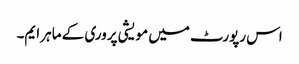
اس رپورٹ میں مویشی پروری کے ماہر ایم۔